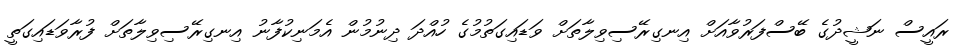
ރައީސް ނަޝީދުގެ ބޭސްފަރުވާއަށް އިނގިރޭސިވިލާތަށް ވަޑައިގަތުމުގެ ހުއްދަ ދިނުމުން އެމަނިކުފާނު އިނގިރޭސިވިލާތަށް ފުރާވަޑައިގަތީ